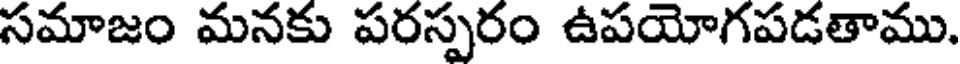
సమాజం మనకు పరస్పరం ఉపయోగపడతాము.